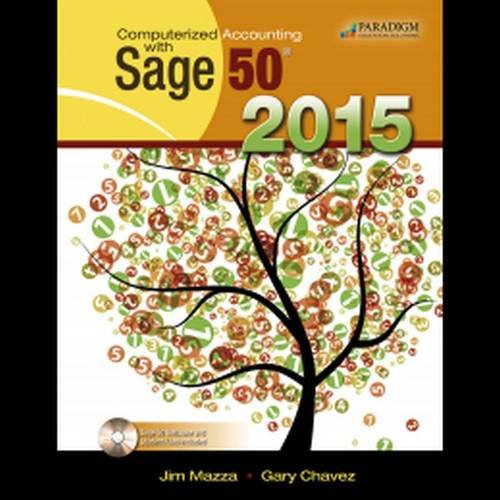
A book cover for Computerized Accounting with Sage 50 2015: Text with Software Disc and Student Eresources; Mazza Jim; Computers & Technology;